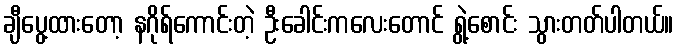
ချီပွေ့ထားတော့ နဂိုရ်ကောင်းတဲ့ ဦးခေါင်းကလေးတောင် ရွဲ့စောင်း သွားတတ်ပါတယ်။